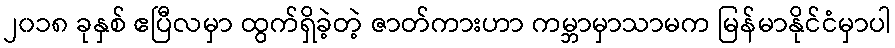
၂၀၁၈ ခုနှစ် ဧပြီလမှာ ထွက်ရှိခဲ့တဲ့ ဇာတ်ကားဟာ ကမ္ဘာမှာသာမက မြန်မာနိုင်ငံမှာပါ